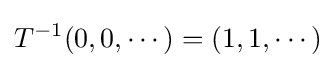
T^{-1}(0,0,\cdots )=(1,1,\cdots )